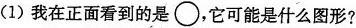
(1)我在正面看到的是 \bigcirc，它可能是什么图形?